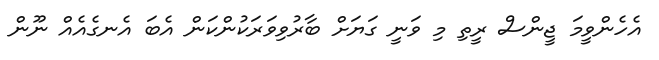
އެހެންވީމަ ޖީންސް ރީތި މި ވަނީ ގަޔަށް ބާރުވިވަރަކުންކަން އެބަ އެނގެއެއް ނޫން